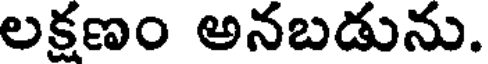
లక్షణం అనబడును.